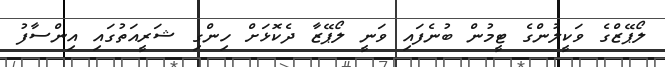
ލޯޕޭޒްގެ ވަކީލުންގެ ޓީމުން ބުނެފައި ވަނީ ލޯޕޭޒާ ދެކޮޅަށް ހިންގި ޝަރީއަތުގައި އިންސާފު